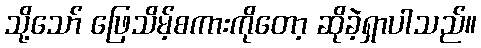
သို့သော် ဖြေသိမ့်စကားကိုတော့ ဆိုခဲ့ရှာပါသည်။